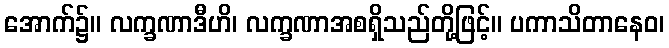
အောက်၌။ လက္ခဏာဒီဟိ၊ လက္ခဏာအစရှိသည်တို့ဖြင့်။ ပကာသိတာနေဝ၊